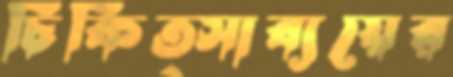
চিকিত্সাব্যয়ের